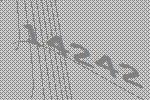
14242